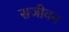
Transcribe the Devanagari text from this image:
सजीवन